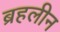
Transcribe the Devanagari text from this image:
ब्रहलीन